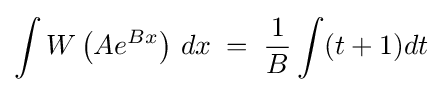
\int W\left(Ae^{Bx}\right)\,dx\;=\;{\frac {1}{B}}\int (t+1)dt